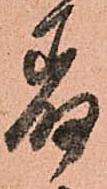
着